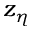
z _ { \eta }